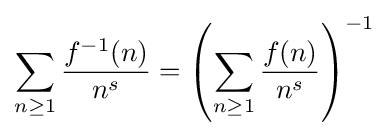
\sum _{n\geq 1}{\frac {f^{-1}(n)}{n^{s}}}=\left(\sum _{n\geq 1}{\frac {f(n)}{n^{s}}}\right)^{-1}